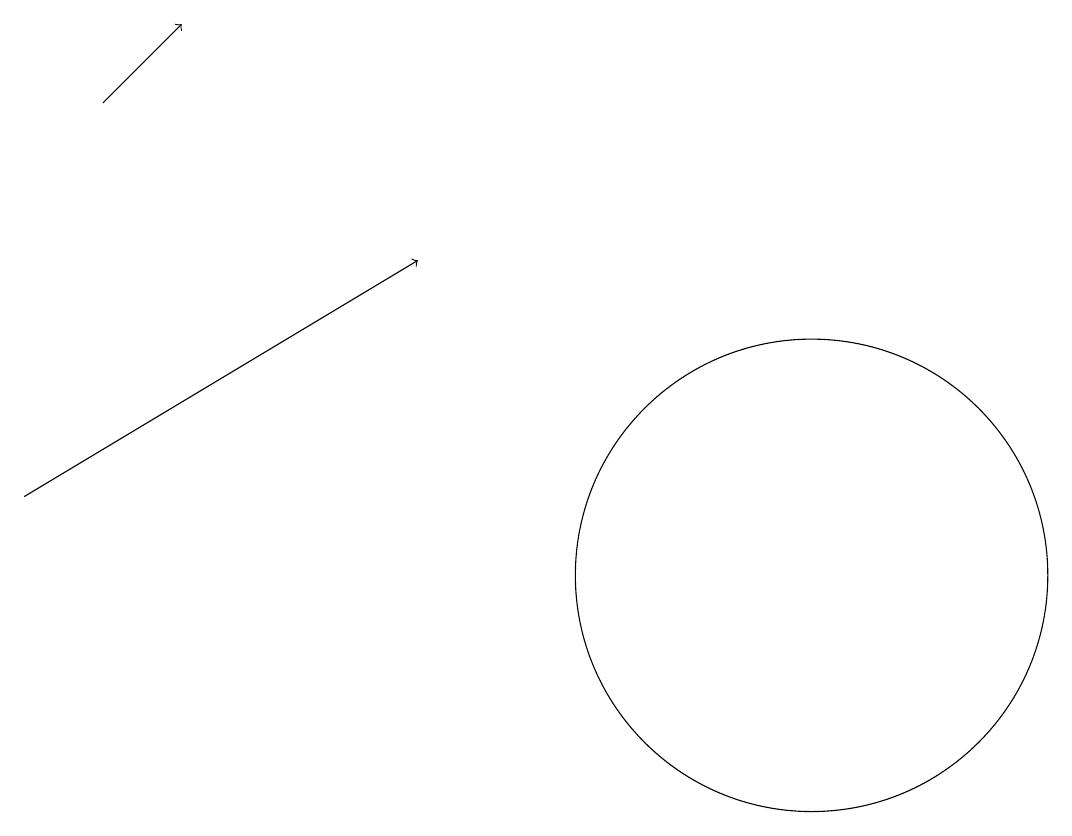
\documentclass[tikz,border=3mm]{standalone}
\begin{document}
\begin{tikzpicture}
\draw (11,11) circle (3);
\draw[->] (2,17) -- (3,18);
\draw[->] (1,12) -- (6,15);
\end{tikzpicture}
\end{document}